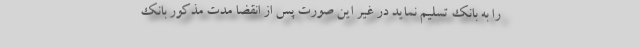
را به بانک تسلیم نماید در غیر این صورت پس از انقضا مدت مذکور بانک